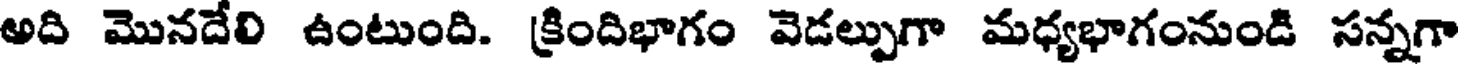
అది మొనదేలి ఉంటుంది. క్రిందిభాగం వెడల్పుగా మధ్యభాగంనుండి సన్నగా